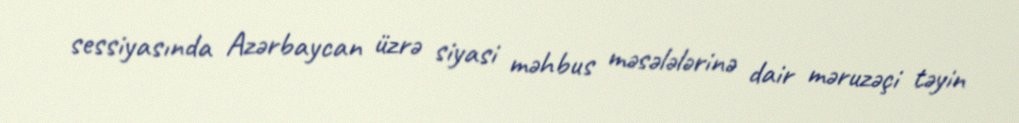
sessiyasında Azərbaycan üzrə siyasi məhbus məsələlərinə dair məruzəçi təyin